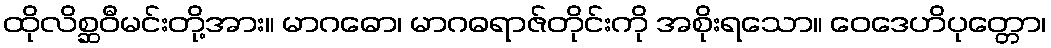
ထိုလိစ္ဆဝီမင်းတို့အား။ မာဂဓော၊ မာဂဓရာဇ်တိုင်းကို အစိုးရသော။ ဝေဒေဟိပုတ္တော၊